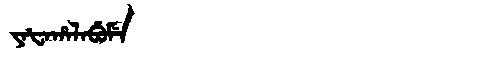
Manchu: ᠶᠠᡶᠠᡥᠠᠯᠠᠪᡠᠮᡝ
Romanization: YAFAHALABUME